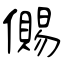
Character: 儩